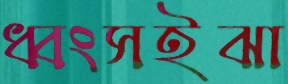
ধ্বংসইঝা